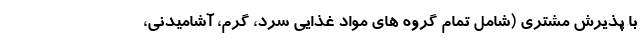
با پذیرش مشتری (شامل تمام گروه های مواد غذایی سرد، گرم، آشامیدنی،